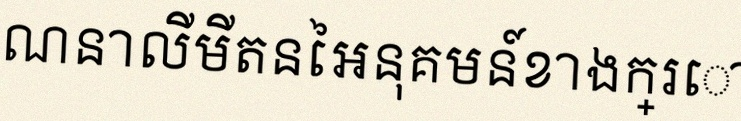
គណនាលីមីតនៃអនុគមន៍ខាងក្រោម